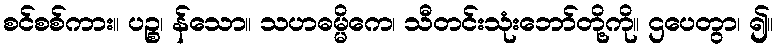
စင်စစ်ကား။ ပဉ္စ၊ န်သော။ သဟဓမ္မိကေ၊ သီတင်းသုံးဘော်တို့ကို။ ဌပေတွာ၊ ၍။